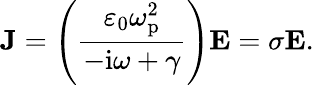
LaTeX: \textbf{J}=\left(\frac{\varepsilon_{0}\omega_{\mathrm{p}}^{2}}{-\mathrm{i}\omega+\gamma}\right)\textbf{E}=\sigma\textbf{E}.